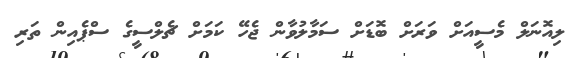
ލިއޮނަލް މެސީއަށް ވަރަށް ބޮޑަށް ސަމާލުވާން ޖެހޭ ކަމަށް ޗެލްސީގެ ސްޕެއިން ތަރި